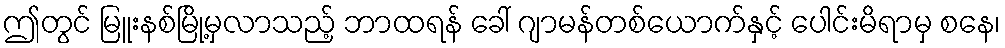
ဤတွင် မြူးနစ်မြို့မှလာသည့် ဘာထရန် ခေါ် ဂျာမန်တစ်ယောက်နှင့် ပေါင်းမိရာမှ စနေ၊